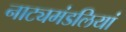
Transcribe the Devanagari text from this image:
नाट्यमंडलियां